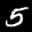
Label: 5